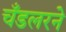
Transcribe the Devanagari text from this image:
चँडलरने